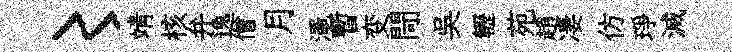
〻靖核弁逸僧月澠暫变閜吳轣苑趙凄仿琤滅